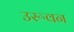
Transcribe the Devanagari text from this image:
उरूवन